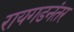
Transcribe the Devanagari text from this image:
रायगडनंतर